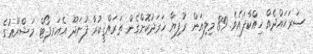
ސަރަޙައްދެއް ހިއްކާފައެވެ. 89 މިލިއަން ރުފިޔާ ޚަރަދުކޮށްގެން ތަރައްޤީކުރާ ފުނަދޫ އެއަރޕޯޓް މަޝްރޫޢުގެ